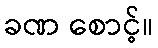
ခဏ စောင့်။